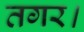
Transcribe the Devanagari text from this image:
तगर।